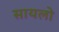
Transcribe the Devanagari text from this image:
सायलो